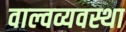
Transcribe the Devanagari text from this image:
वाल्वव्यवस्था